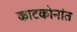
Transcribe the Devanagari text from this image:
काटकोनांत